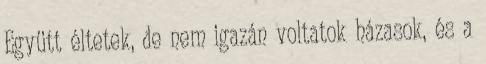
Együtt éltetek, de nem igazán voltatok házasok, és a